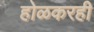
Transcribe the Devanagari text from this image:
होळकरही